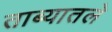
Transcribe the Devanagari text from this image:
ताब्यातले